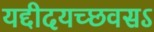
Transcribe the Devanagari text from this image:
यद्दीदयच्छवसऽ